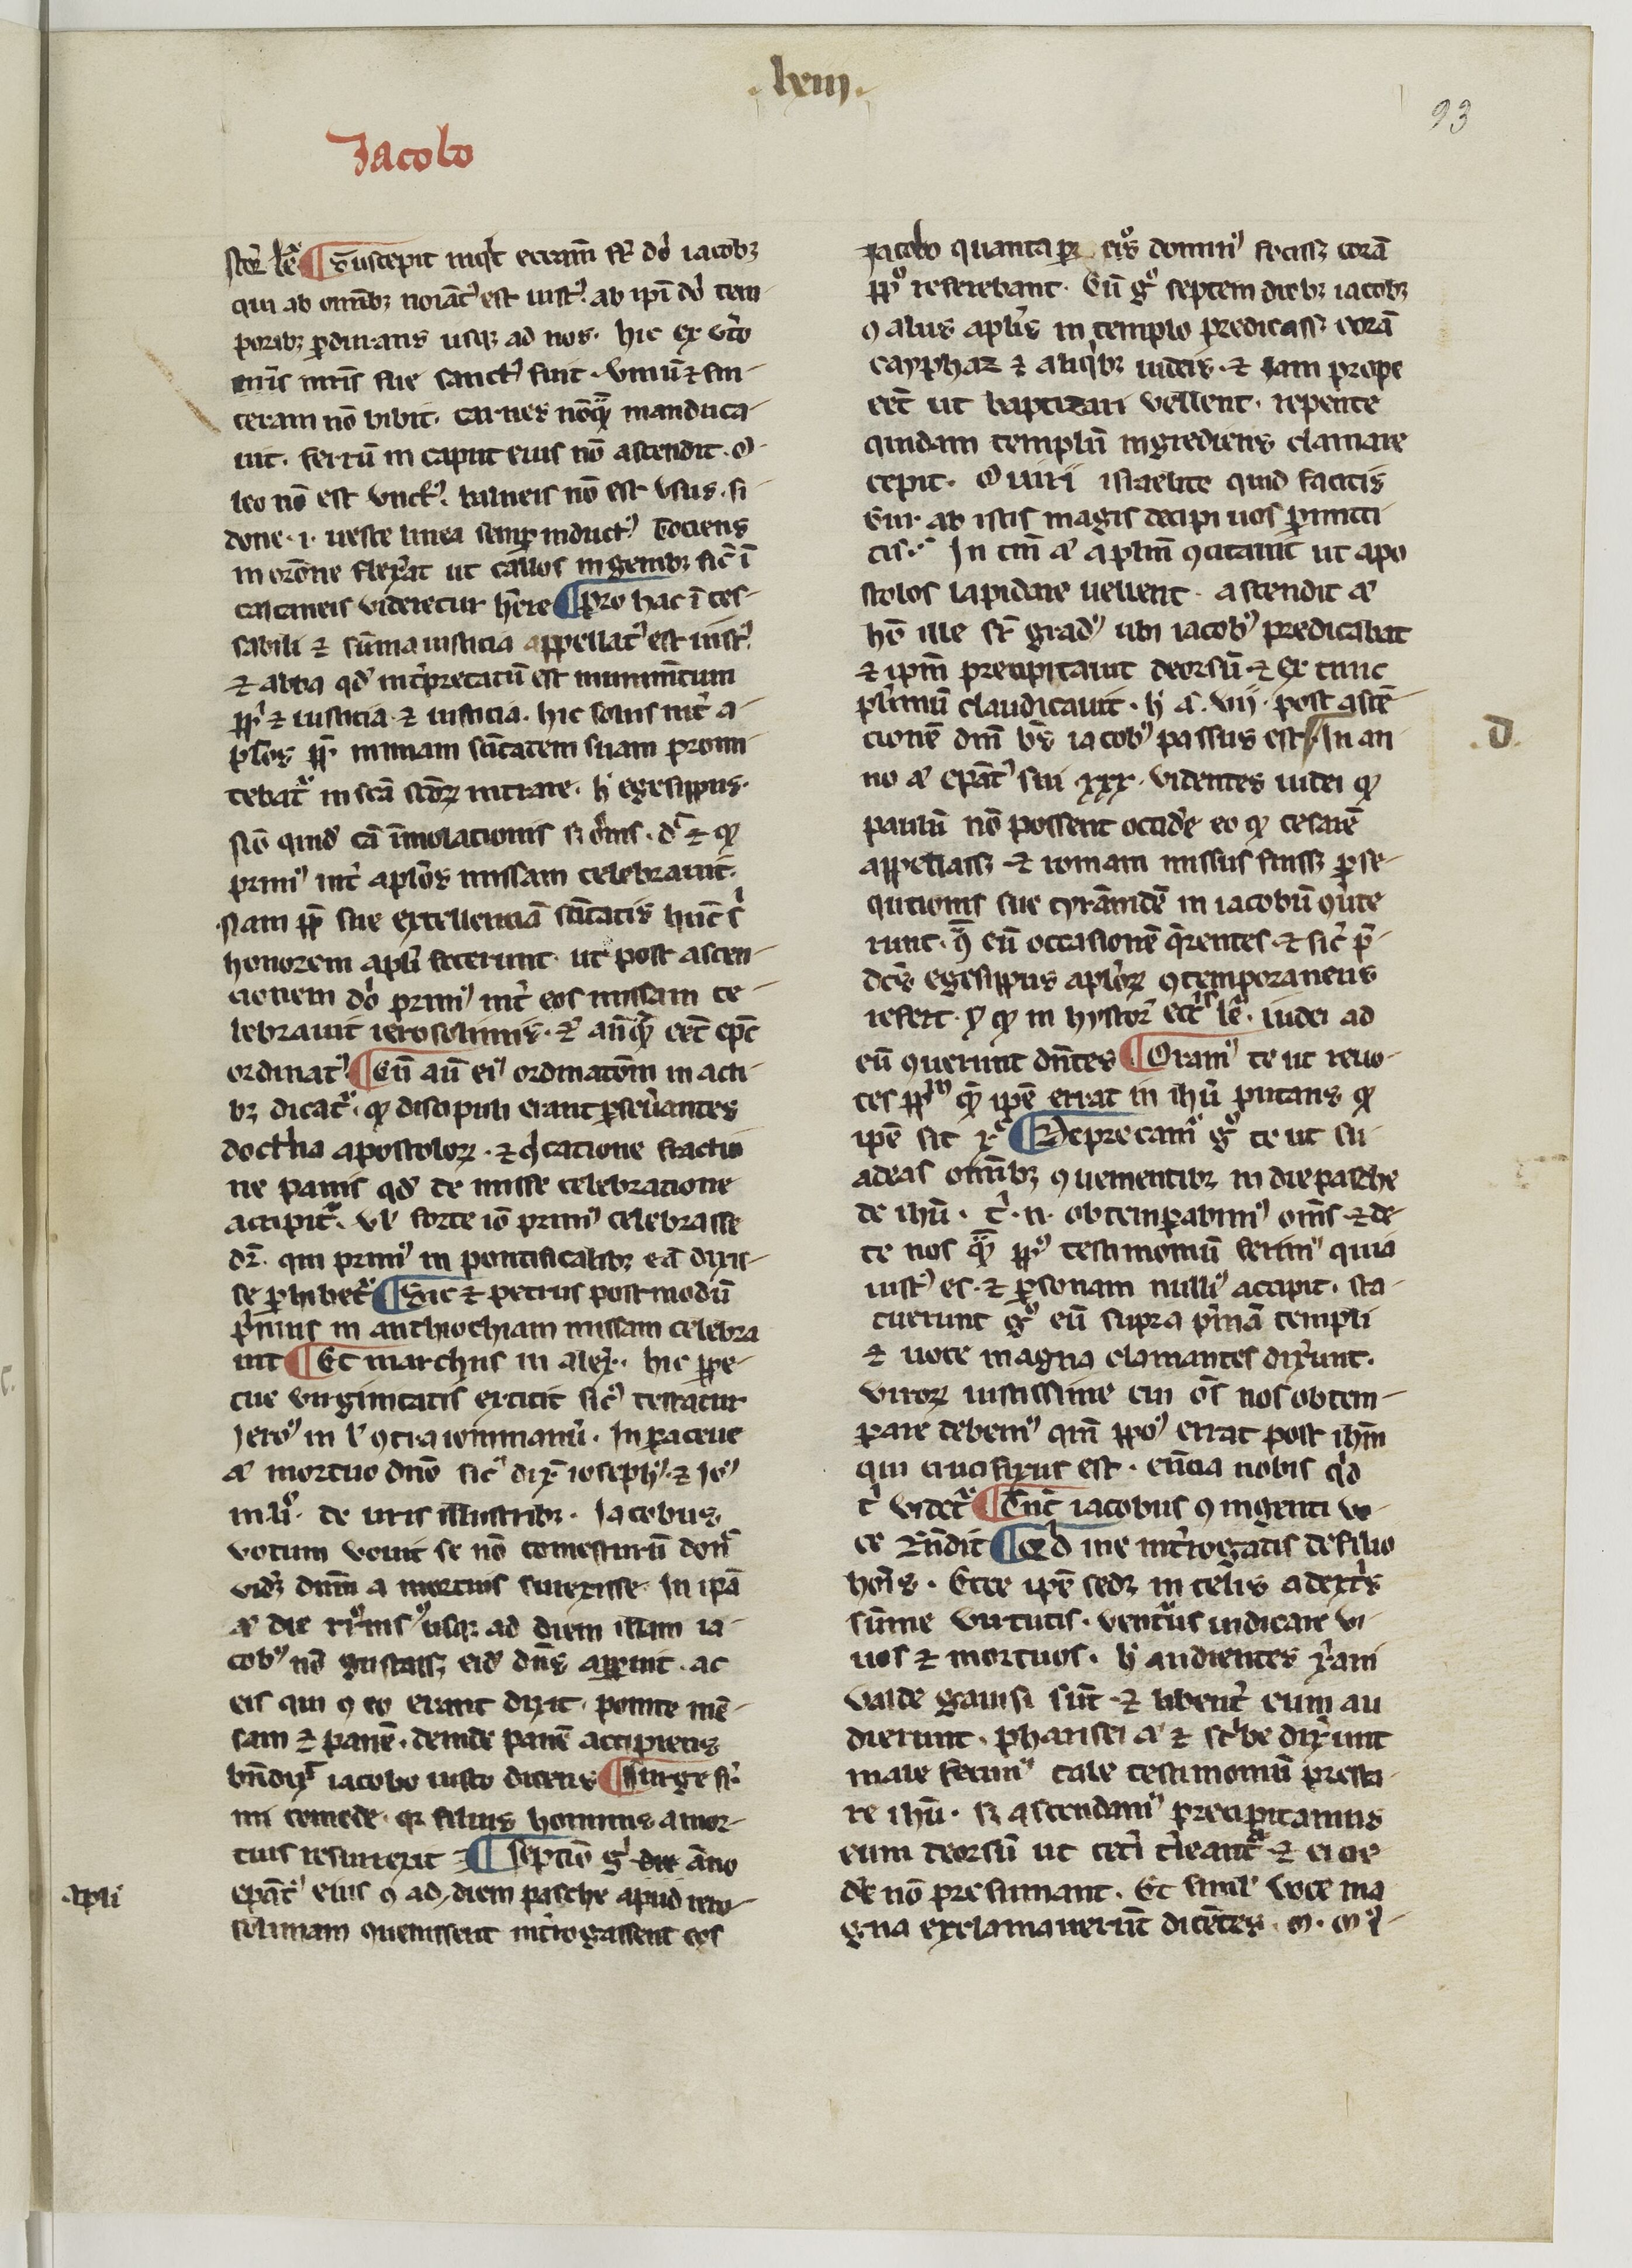
Shelfmark: Paris, BnF, NAL 775
Century: 14